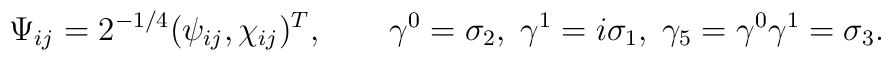
\Psi_{ij}=2^{-1/4} (\psi_{ij},\chi_{ij})^{T},\qquad\gamma^0 =\sigma_2,\; \gamma^1 =i\sigma_1,\;\gamma_5 = \gamma^0 \gamma^1=\sigma_3.